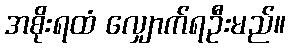
အစိုးရထံ လျှောက်ရဦးမည်။